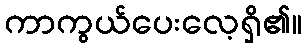
ကာကွယ်ပေးလေ့ရှိ၏။